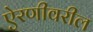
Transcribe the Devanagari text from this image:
ऐरणीवरील